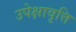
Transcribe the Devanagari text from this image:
उपेक्षावृत्ति